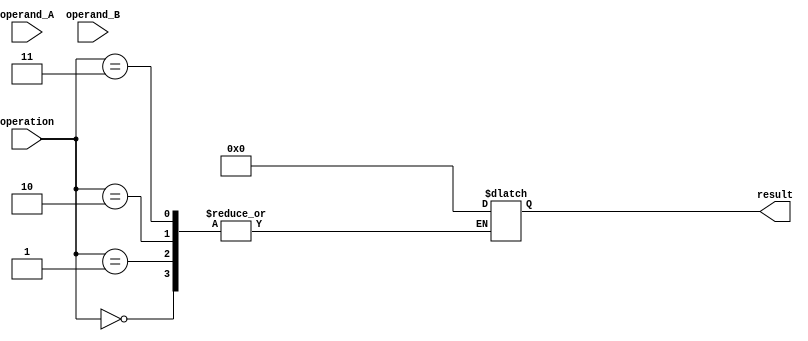
module triple_precision_fpu (
    input [63:0] operand_A,
    input [63:0] operand_B,
    input [2:0] operation,
    output reg [127:0] result
);

reg [62:0] mantissa_A, mantissa_B;
reg [15:0] exponent_A, exponent_B;
reg sign_A, sign_B;

// Split operands into sign, mantissa, and exponent
assign sign_A = operand_A[63];
assign sign_B = operand_B[63];
assign exponent_A = operand_A[62:47];
assign exponent_B = operand_B[62:47];
assign mantissa_A = operand_A[46:0];
assign mantissa_B = operand_B[46:0];

// Arithmetic operations
always @ (*)
begin
    case(operation)
        3'b000: // Addition
            begin
                // Perform addition operation
                // Update result based on IEEE 754 standard
            end
        3'b001: // Subtraction
            begin
                // Perform subtraction operation
                // Update result based on IEEE 754 standard
            end
        3'b010: // Multiplication
            begin
                // Perform multiplication operation
                // Update result based on IEEE 754 standard
            end
        3'b011: // Division
            begin
                // Perform division operation
                // Update result based on IEEE 754 standard
            end
        default:
            result <= 128'b0; // Default case for invalid operation
    endcase
end

endmodule